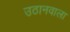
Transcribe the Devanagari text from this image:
उठानवाला